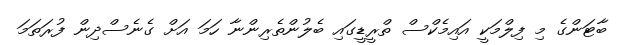
ބާޓަންގެ މި ފިލްމަކީ އައިމެކްސް ތްރީޑީގައި ބެލުންތެރިންނާ ހަމަ އަށް ގެނެސްދިން ފުރަތަމަ